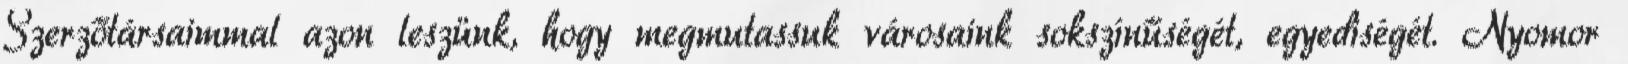
Szerzőtársaimmal azon leszünk, hogy megmutassuk városaink sokszínűségét, egyediségét. Nyomor